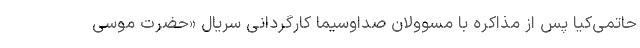
حاتمی‌کیا پس از مذاکره با مسوولان صداوسیما کارگردانی سریال «حضرت موسی